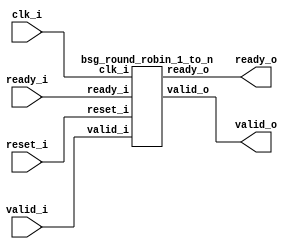


module top
(
  clk_i,
  reset_i,
  valid_i,
  ready_o,
  valid_o,
  ready_i
);

  output [1:0] valid_o;
  input [1:0] ready_i;
  input clk_i;
  input reset_i;
  input valid_i;
  output ready_o;

  bsg_round_robin_1_to_n
  wrapper
  (
    .valid_o(valid_o),
    .ready_i(ready_i),
    .clk_i(clk_i),
    .reset_i(reset_i),
    .valid_i(valid_i),
    .ready_o(ready_o)
  );


endmodule



module bsg_circular_ptr_slots_p2_max_add_p1
(
  clk,
  reset_i,
  add_i,
  o,
  n_o
);

  input [0:0] add_i;
  output [0:0] o;
  output [0:0] n_o;
  input clk;
  input reset_i;
  wire [0:0] o,n_o,\genblk1.genblk1.ptr_r_p1 ;
  wire N0,N1,N2;
  reg o_0_sv2v_reg;
  assign o[0] = o_0_sv2v_reg;
  assign \genblk1.genblk1.ptr_r_p1 [0] = o[0] ^ 1'b1;
  assign n_o[0] = (N0)? \genblk1.genblk1.ptr_r_p1 [0] : 
                  (N1)? o[0] : 1'b0;
  assign N0 = add_i[0];
  assign N1 = N2;
  assign N2 = ~add_i[0];

  always @(posedge clk) begin
    if(reset_i) begin
      o_0_sv2v_reg <= 1'b0;
    end else if(1'b1) begin
      o_0_sv2v_reg <= n_o[0];
    end 
  end


endmodule



module bsg_round_robin_1_to_n
(
  clk_i,
  reset_i,
  valid_i,
  ready_o,
  valid_o,
  ready_i
);

  output [1:0] valid_o;
  input [1:0] ready_i;
  input clk_i;
  input reset_i;
  input valid_i;
  output ready_o;
  wire [1:0] valid_o;
  wire ready_o,N0,\one_to_n.yumi_i ,N1,sv2v_dc_1;
  wire [0:0] \one_to_n.ptr_r ;

  bsg_circular_ptr_slots_p2_max_add_p1
  \one_to_n.circular_ptr 
  (
    .clk(clk_i),
    .reset_i(reset_i),
    .add_i(\one_to_n.yumi_i ),
    .o(\one_to_n.ptr_r [0]),
    .n_o(sv2v_dc_1)
  );

  assign valid_o = { 1'b0, valid_i } << \one_to_n.ptr_r [0];
  assign ready_o = (N1)? ready_i[0] : 
                   (N0)? ready_i[1] : 1'b0;
  assign N0 = \one_to_n.ptr_r [0];
  assign \one_to_n.yumi_i  = valid_i & ready_o;
  assign N1 = ~\one_to_n.ptr_r [0];

endmodule